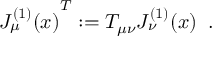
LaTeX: { J _ { \mu } ^ { ( 1 ) } ( x ) } ^ { T } : = T _ { \mu \nu } J _ { \nu } ^ { ( 1 ) } ( x ) \; \; .